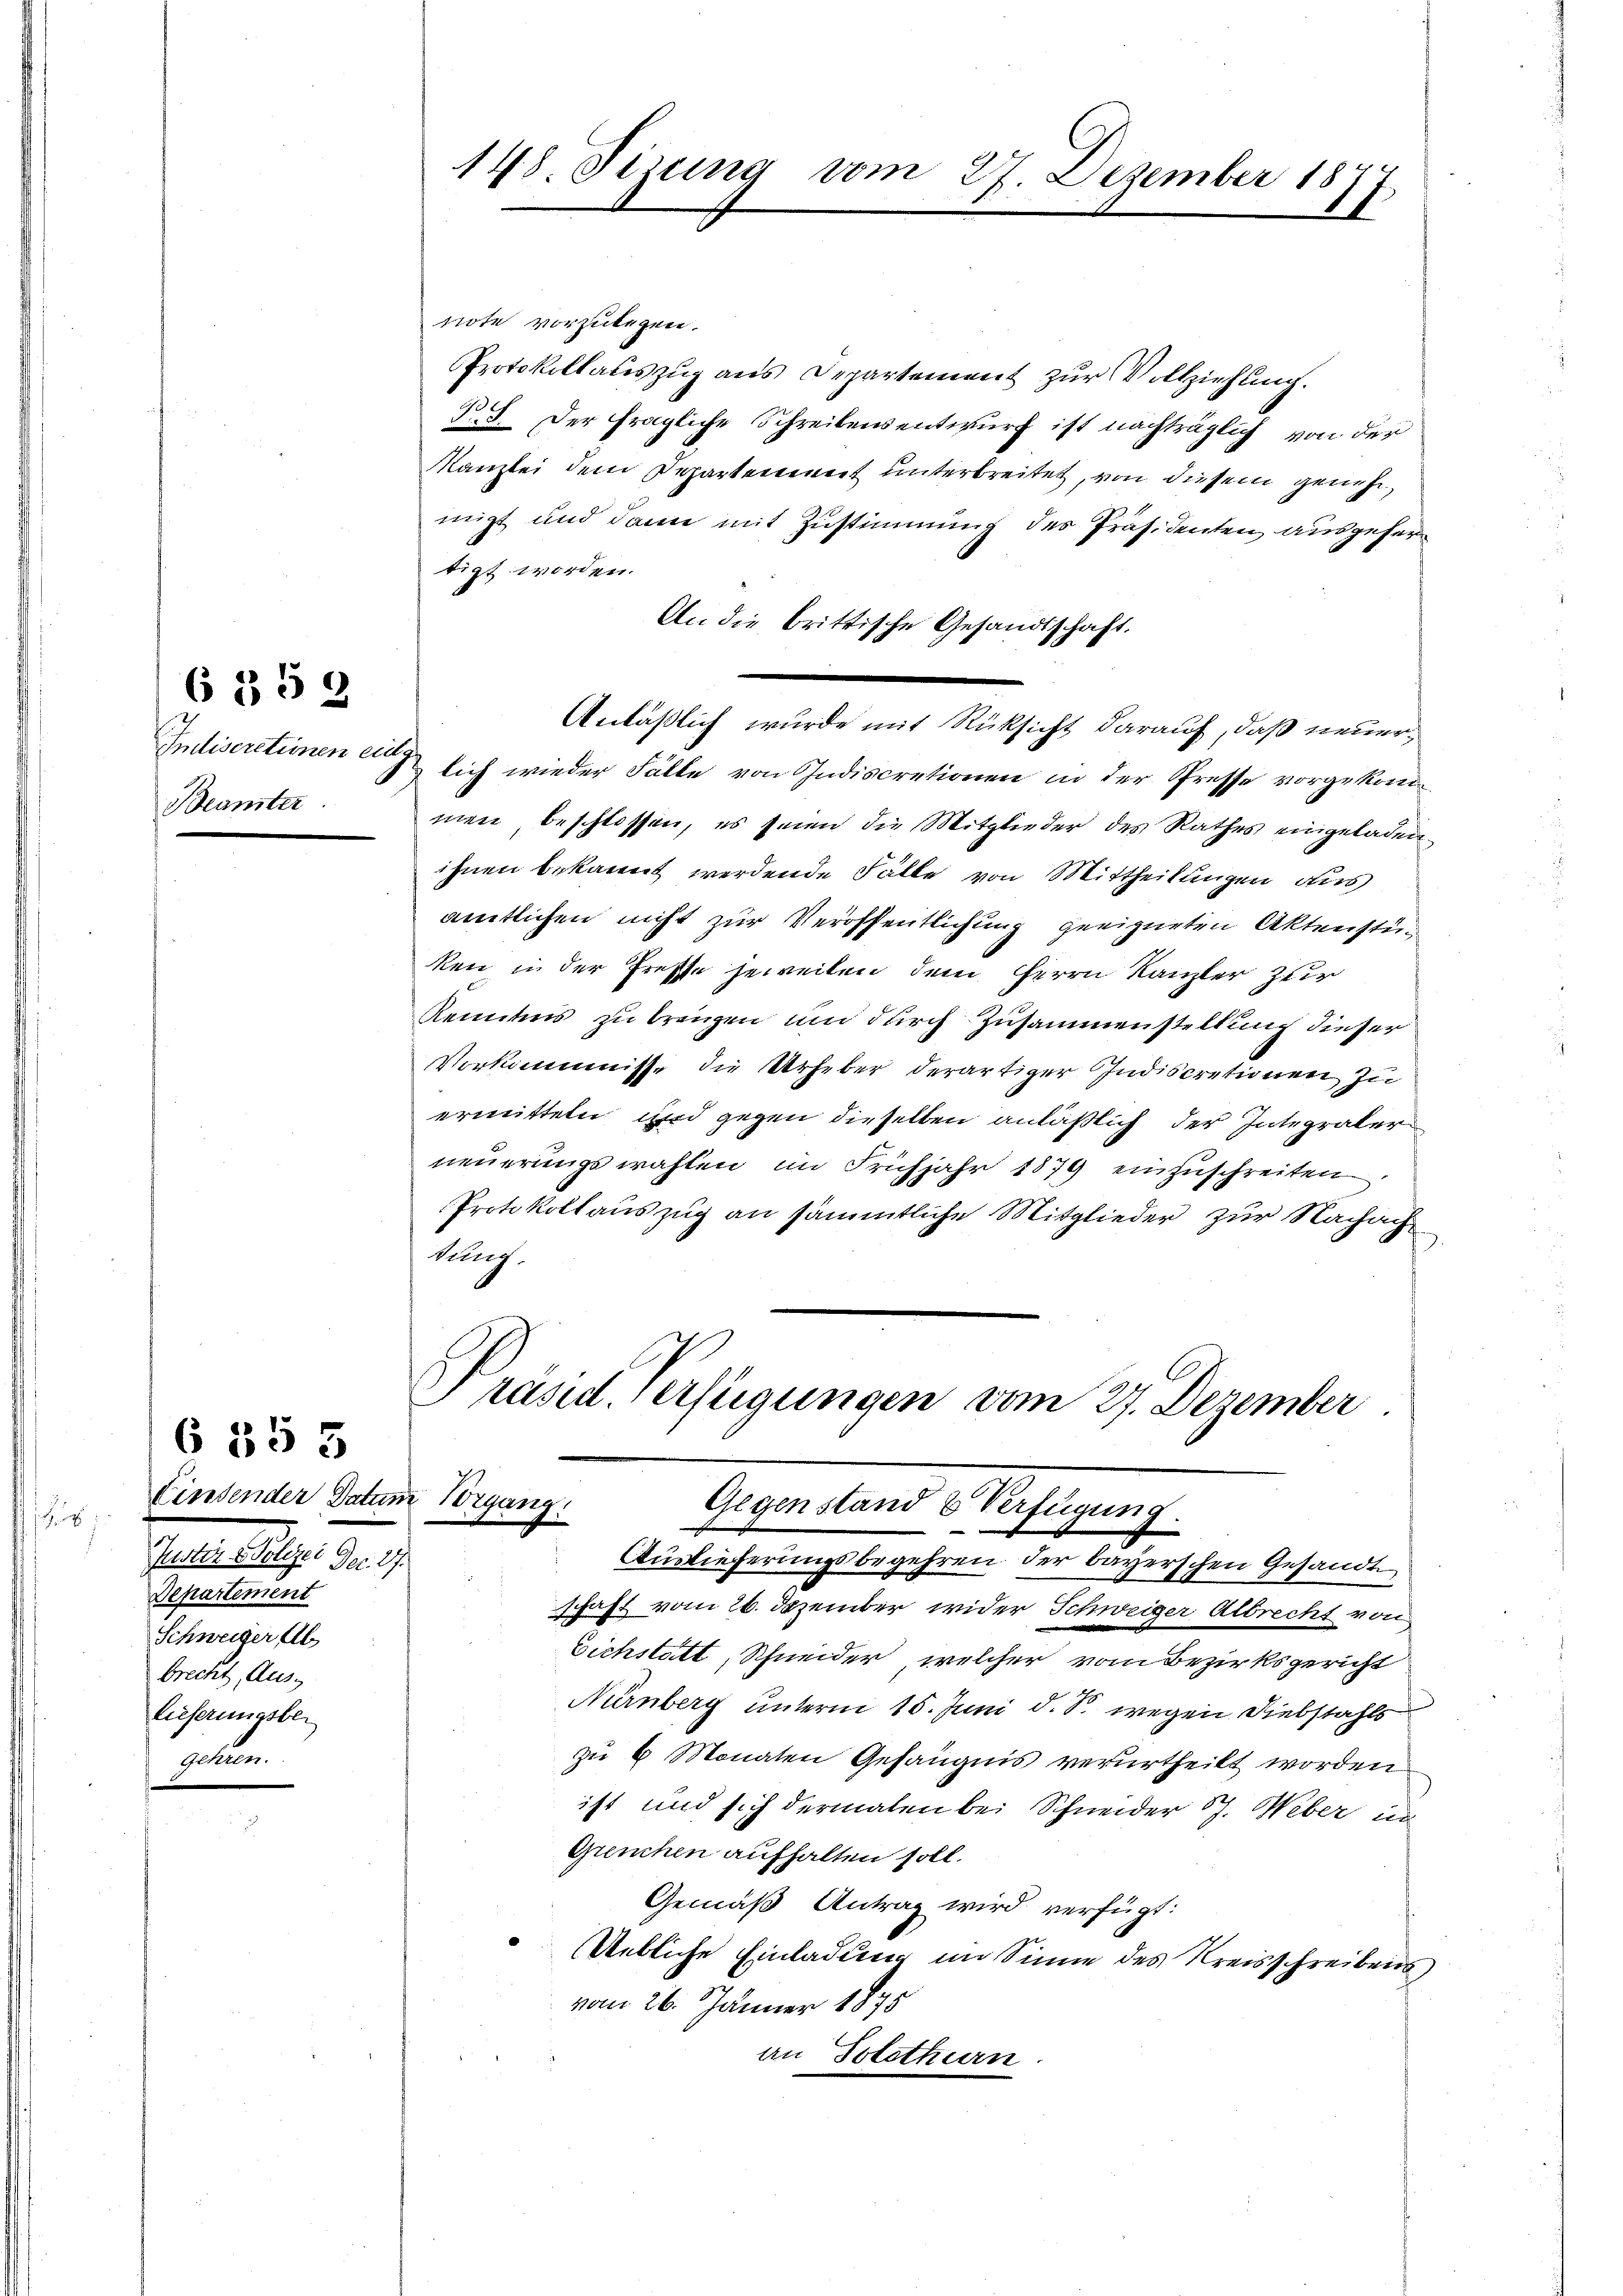
Beamter

6359

Einsender Datum Vorgang
sch
Justiz & Polizei Dec. 27.
Departement
Schweiger Ab
brecht, Aus
Lieferungsber
geben.

§ 553

note vorzulegen.
Protokollauszug aus Departement zur Vollziehung.
P.S. Der fragliche Schreibensentwurf ist nachträglich von der
Kanzlei dem Departenwert unterbreitet, von diesem genehmigt und dann mit Zustimmung des Präsidenten ausgefere
tigt worden.
An die brittische Gesandtschaft.
men, beschlossen, es seien die Mitglieder des Rathes eingeladen
ihnen bekannt werdende Fälle von Mittheilungen aus
amtlichen nicht zur Veröffentlichung geeigneten Aktenstun
ken in der Presse jeweilen dem Herrn Kanzler zuer
Kenntnis zu trengen und durch Zusammenstellung dieser
Vorkommnisse die Urheber derartiger Indiscretionen zu
ermitteln und gegen dieselben anläßlich der Integralerneuerungswahlen im Frühjahr 1879 einzuschreiten.
Protokollauszug an sämmtliche Mitglieder zur Nachach
kung.

148. Sizung vom 27. Dezember 1877.

Anläßlich wurde mit Rücksicht darauf, daß neuer¬
Indiscretiinen er sich wieder Fälle von Indiscretionen in der Presse vorgekom¬

Präsid. Verftigungen vom 27. Dezember
Gegenstand & Verfügung.
 |
Auslieferungsbegehren der bayerschen Gesandte

schaft vom 26. Dezember wider Schweiger Albrecht von
Eichstatt, Schneider, welcher vom Bezirksgericht
Nürnberg unterm 15. Juni d. S. wegen Diebstahls
zu 6 Monaten Gefängnis verurtheilt worden
ist und sich dermalen bei Schneider 87. Weber in
Grenchen aufhalten soll.
Gemäß Antrag wird verfügt:
ebliche Einladung im Sinne des Kreisschreibens
vom 26. Jänner 1875
an Solothurn